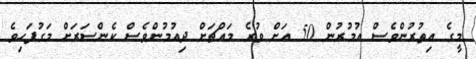
މީގެ އިތުރުންވެސް އުމުރުން 50 އަށް ވުރެ މައްޗަށް ދިއުމުންވެސް ކެންސަރަށް މަގުފަހިވެ